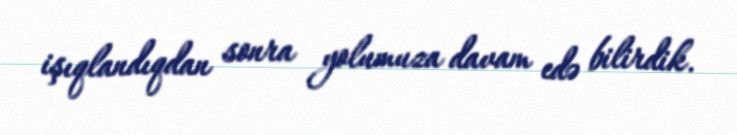
işıqlandıqdan sonra yolumuza davam edə bilirdik.